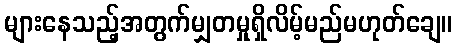
များနေသည့်အတွက်မျှတမှုရှိလိမ့်မည်မဟုတ်ချေ။